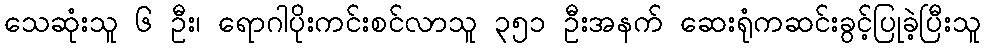
သေဆုံးသူ ၆ ဦး၊ ရောဂါပိုးကင်းစင်လာသူ ၃၅၁ ဦးအနက် ဆေးရုံကဆင်းခွင့်ပြုခဲ့ပြီးသူ